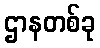
ဌာနတစ်ခု